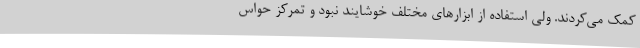
کمک می‌کردند. ولی استفاده از ابزارهای مختلف خوشایند نبود و تمرکز حواس